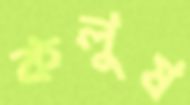
কলুষ